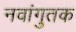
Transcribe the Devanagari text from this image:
नवांगुतक